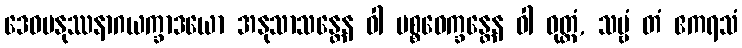
ဒေဝမနုဿနာဂယက္ခာဒယော အနုသာသန္တေန ဝါ ပစ္စဝေက္ခန္တေန ဝါ ဝုတ္တံ, သဗ္ဗံ တံ ဧကရသံ